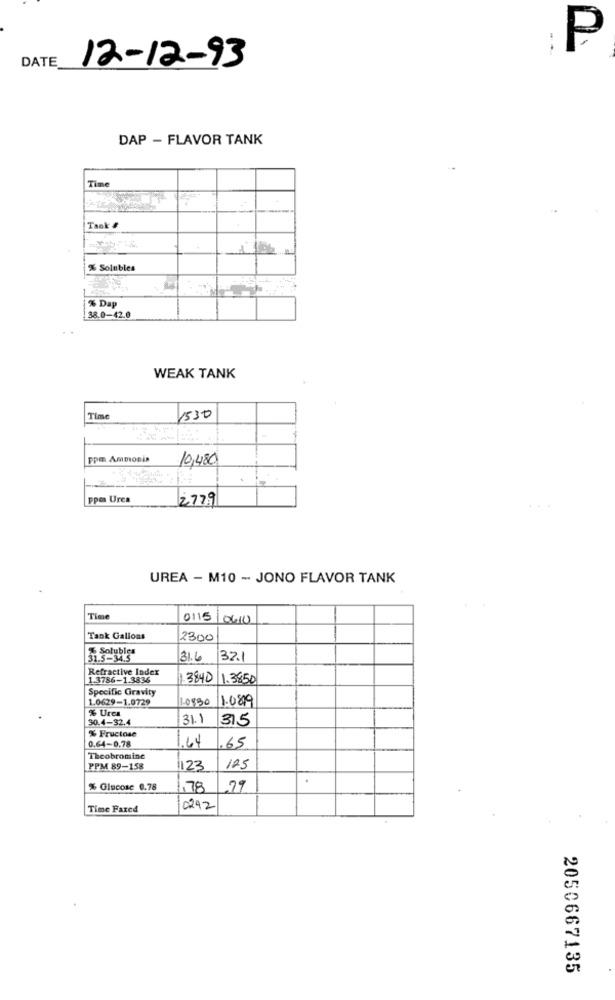
P
DATE
12-12-93
DAP - FLAVOR TANK
Time
Taak #
% Solubles
% Dap
38.0-42.0
WEAK TANK
Time
1530
PPE Ammonia
10,480
ppm Urca
2779
UREA - M10 - JONO FLAVOR TANK
Time
0115/0610
Tank Gallons
2300
31.5-34.5
31.6
32.1
Refractive Index
1.3786-1.3836
3840
1.3850
Specific Gravity
1.0629-1.0729
1.0830
1.0819
% Urea
30.4-32.4
31.1
315
% Fructose
1.64
0.64-0.78
.65
Theobromine
PPM 89-158
1123
125
.
% Glucose 0.78
,78
.79
Time Fared
0292
2050667135